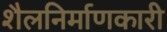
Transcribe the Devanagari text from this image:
शैलनिर्माणकारी